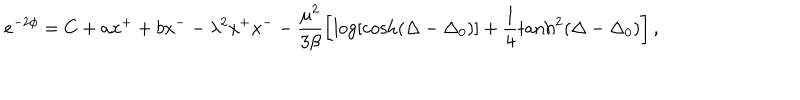
e ^ { - 2 \phi } = C + a x ^ { + } + b x ^ { - } - \lambda ^ { 2 } x ^ { + } x ^ { - } - \frac { \mu ^ { 2 } } { 3 \beta } \left[ \log [ { \cosh ( { \Delta - \Delta _ { 0 } } ) } ] + \frac { 1 } { 4 } \tanh ^ { 2 } ( { \Delta - \Delta _ { 0 } } ) \right] ,